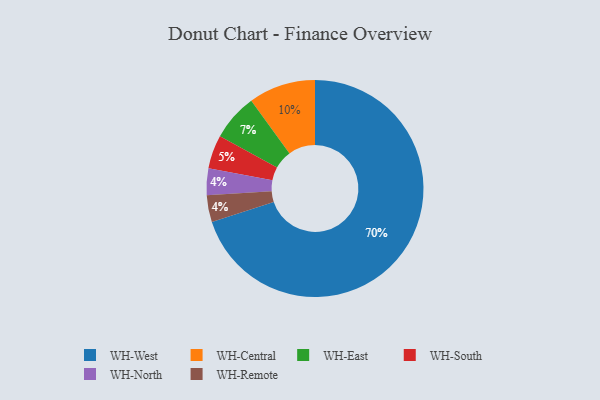
{"axis": {"x": "Category", "y": "Percentage"}, "legend": ["WH-Central", "WH-East", "WH-North", "WH-Remote", "WH-South", "WH-West"], "data": [{"x": "WH-Central", "y": 10, "type": "WH-Central"}, {"x": "WH-West", "y": 70, "type": "WH-West"}, {"x": "WH-North", "y": 4, "type": "WH-North"}, {"x": "WH-East", "y": 7, "type": "WH-East"}, {"x": "WH-South", "y": 5, "type": "WH-South"}, {"x": "WH-Remote", "y": 4, "type": "WH-Remote"}]}